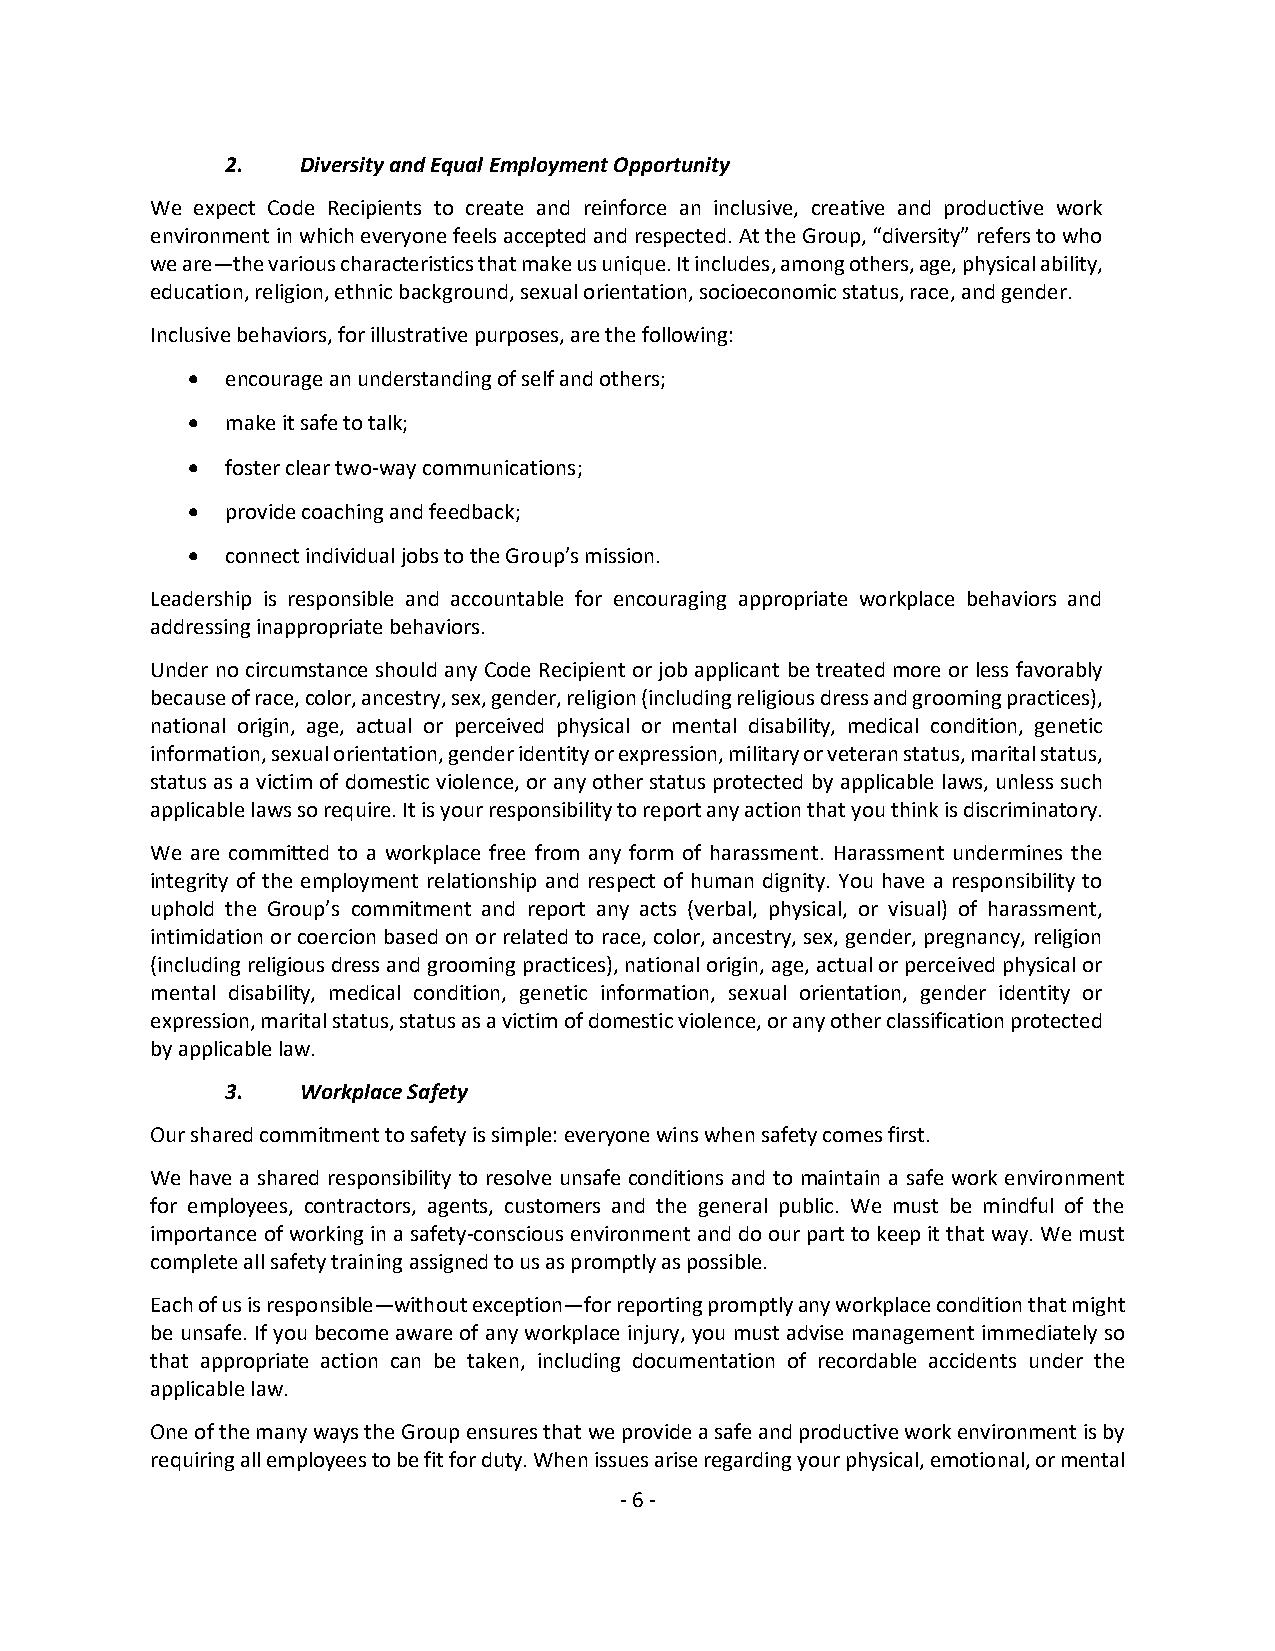
2.   Diversity and Equal Employment Opportunity
 We expect Code Recipients to create and reinforce an inclusive, creative and productive work
 environment in which everyone feels accepted and respected. At the Group, “diversity” refers to who
 we are—the various characteristics that make us unique. It includes, among others, age, physical ability,
 education, religion, ethnic background, sexual orientation, socioeconomic status, race, and gender.
 Inclusive behaviors, for illustrative purposes, are the following:
 •  encourage an understanding of self and others;
 •  make it safe to talk;
 •  foster clear two-way communications;
 •  provide coaching and feedback;
 •  connect individual jobs to the Group’s mission.
 Leadership is responsible and accountable for encouraging appropriate workplace behaviors and
 addressing inappropriate behaviors.
 Under no circumstance should any Code Recipient or job applicant be treated more or less favorably
 because of race, color, ancestry, sex, gender, religion (including religious dress and grooming practices),
 national origin, age, actual or perceived physical or mental disability, medical condition, genetic
 information, sexual orientation, gender identity or expression, military or veteran status, marital status,
 status as a victim of domestic violence, or any other status protected by applicable laws, unless such
 applicable laws so require. It is your responsibility to report any action that you think is discriminatory.
 We are committed to a workplace free from any form of harassment. Harassment undermines the
 integrity of the employment relationship and respect of human dignity. You have a responsibility to
 uphold the Group’s commitment and report any acts (verbal, physical, or visual) of harassment,
 intimidation or coercion based on or related to race, color, ancestry, sex, gender, pregnancy, religion
 (including religious dress and grooming practices), national origin, age, actual or perceived physical or
 mental disability, medical condition, genetic information, sexual orientation, gender identity or
 expression, marital status, status as a victim of domestic violence, or any other classification protected
 by applicable law.
 3.   Workplace Safety
 Our shared commitment to safety is simple: everyone wins when safety comes first.
 We have a shared responsibility to resolve unsafe conditions and to maintain a safe work environment
 for employees, contractors, agents, customers and the general public. We must be mindful of the
 importance of working in a safety-conscious environment and do our part to keep it that way. We must
 complete all safety training assigned to us as promptly as possible.
 Each of us is responsible—without exception—for reporting promptly any workplace condition that might
 be unsafe. If you become aware of any workplace injury, you must advise management immediately so
 that appropriate action can be taken, including documentation of recordable accidents under the
 applicable law.
 One of the many ways the Group ensures that we provide a safe and productive work environment is by
 requiring all employees to be fit for duty. When issues arise regarding your physical, emotional, or mental
 - 6 -